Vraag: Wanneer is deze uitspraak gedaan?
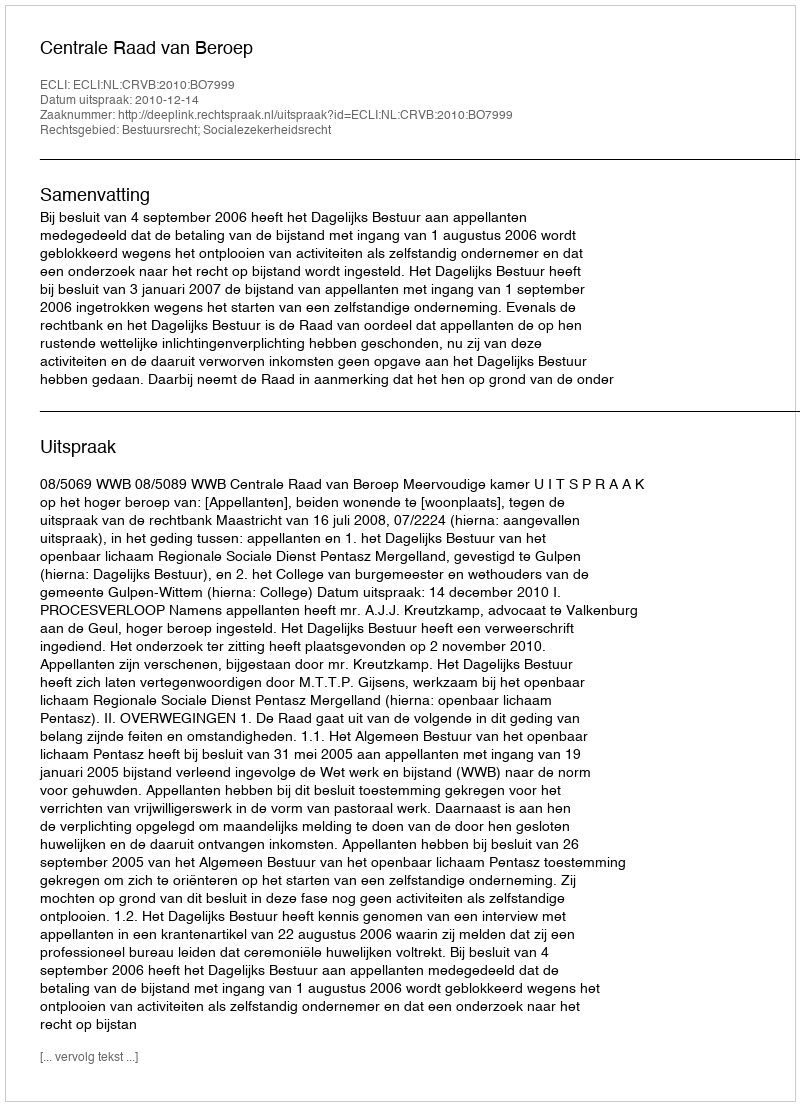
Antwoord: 2010-12-14